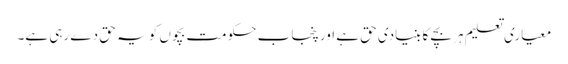
معیاری تعلیم ہر بچے کا بنیادی حق ہے اور پنجاب حکومت بچوں کو یہ حق دے رہی ہے۔